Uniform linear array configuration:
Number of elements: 24
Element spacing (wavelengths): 0.75
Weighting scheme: hamming
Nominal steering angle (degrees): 0
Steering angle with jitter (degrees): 1.523
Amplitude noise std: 0.05
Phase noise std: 0.05

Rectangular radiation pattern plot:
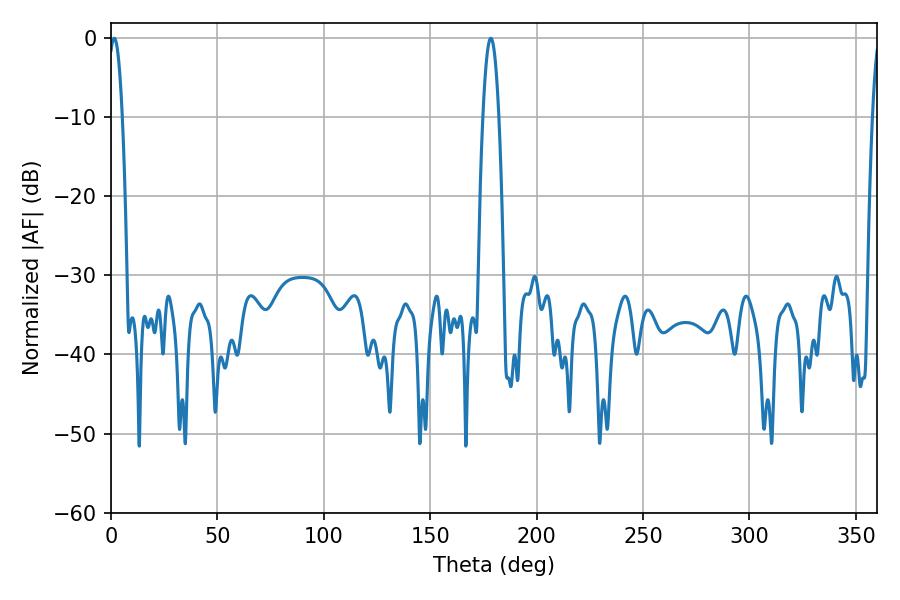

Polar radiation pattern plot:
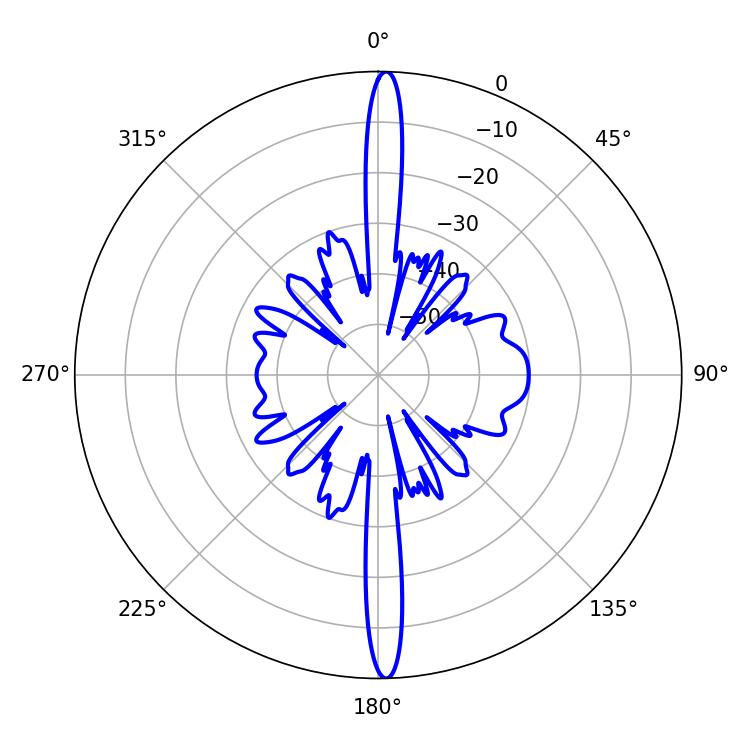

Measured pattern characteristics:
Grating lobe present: TRUE
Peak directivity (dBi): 26.536
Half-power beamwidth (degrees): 3.6
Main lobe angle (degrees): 1.44